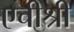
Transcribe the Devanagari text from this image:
एचीश्री